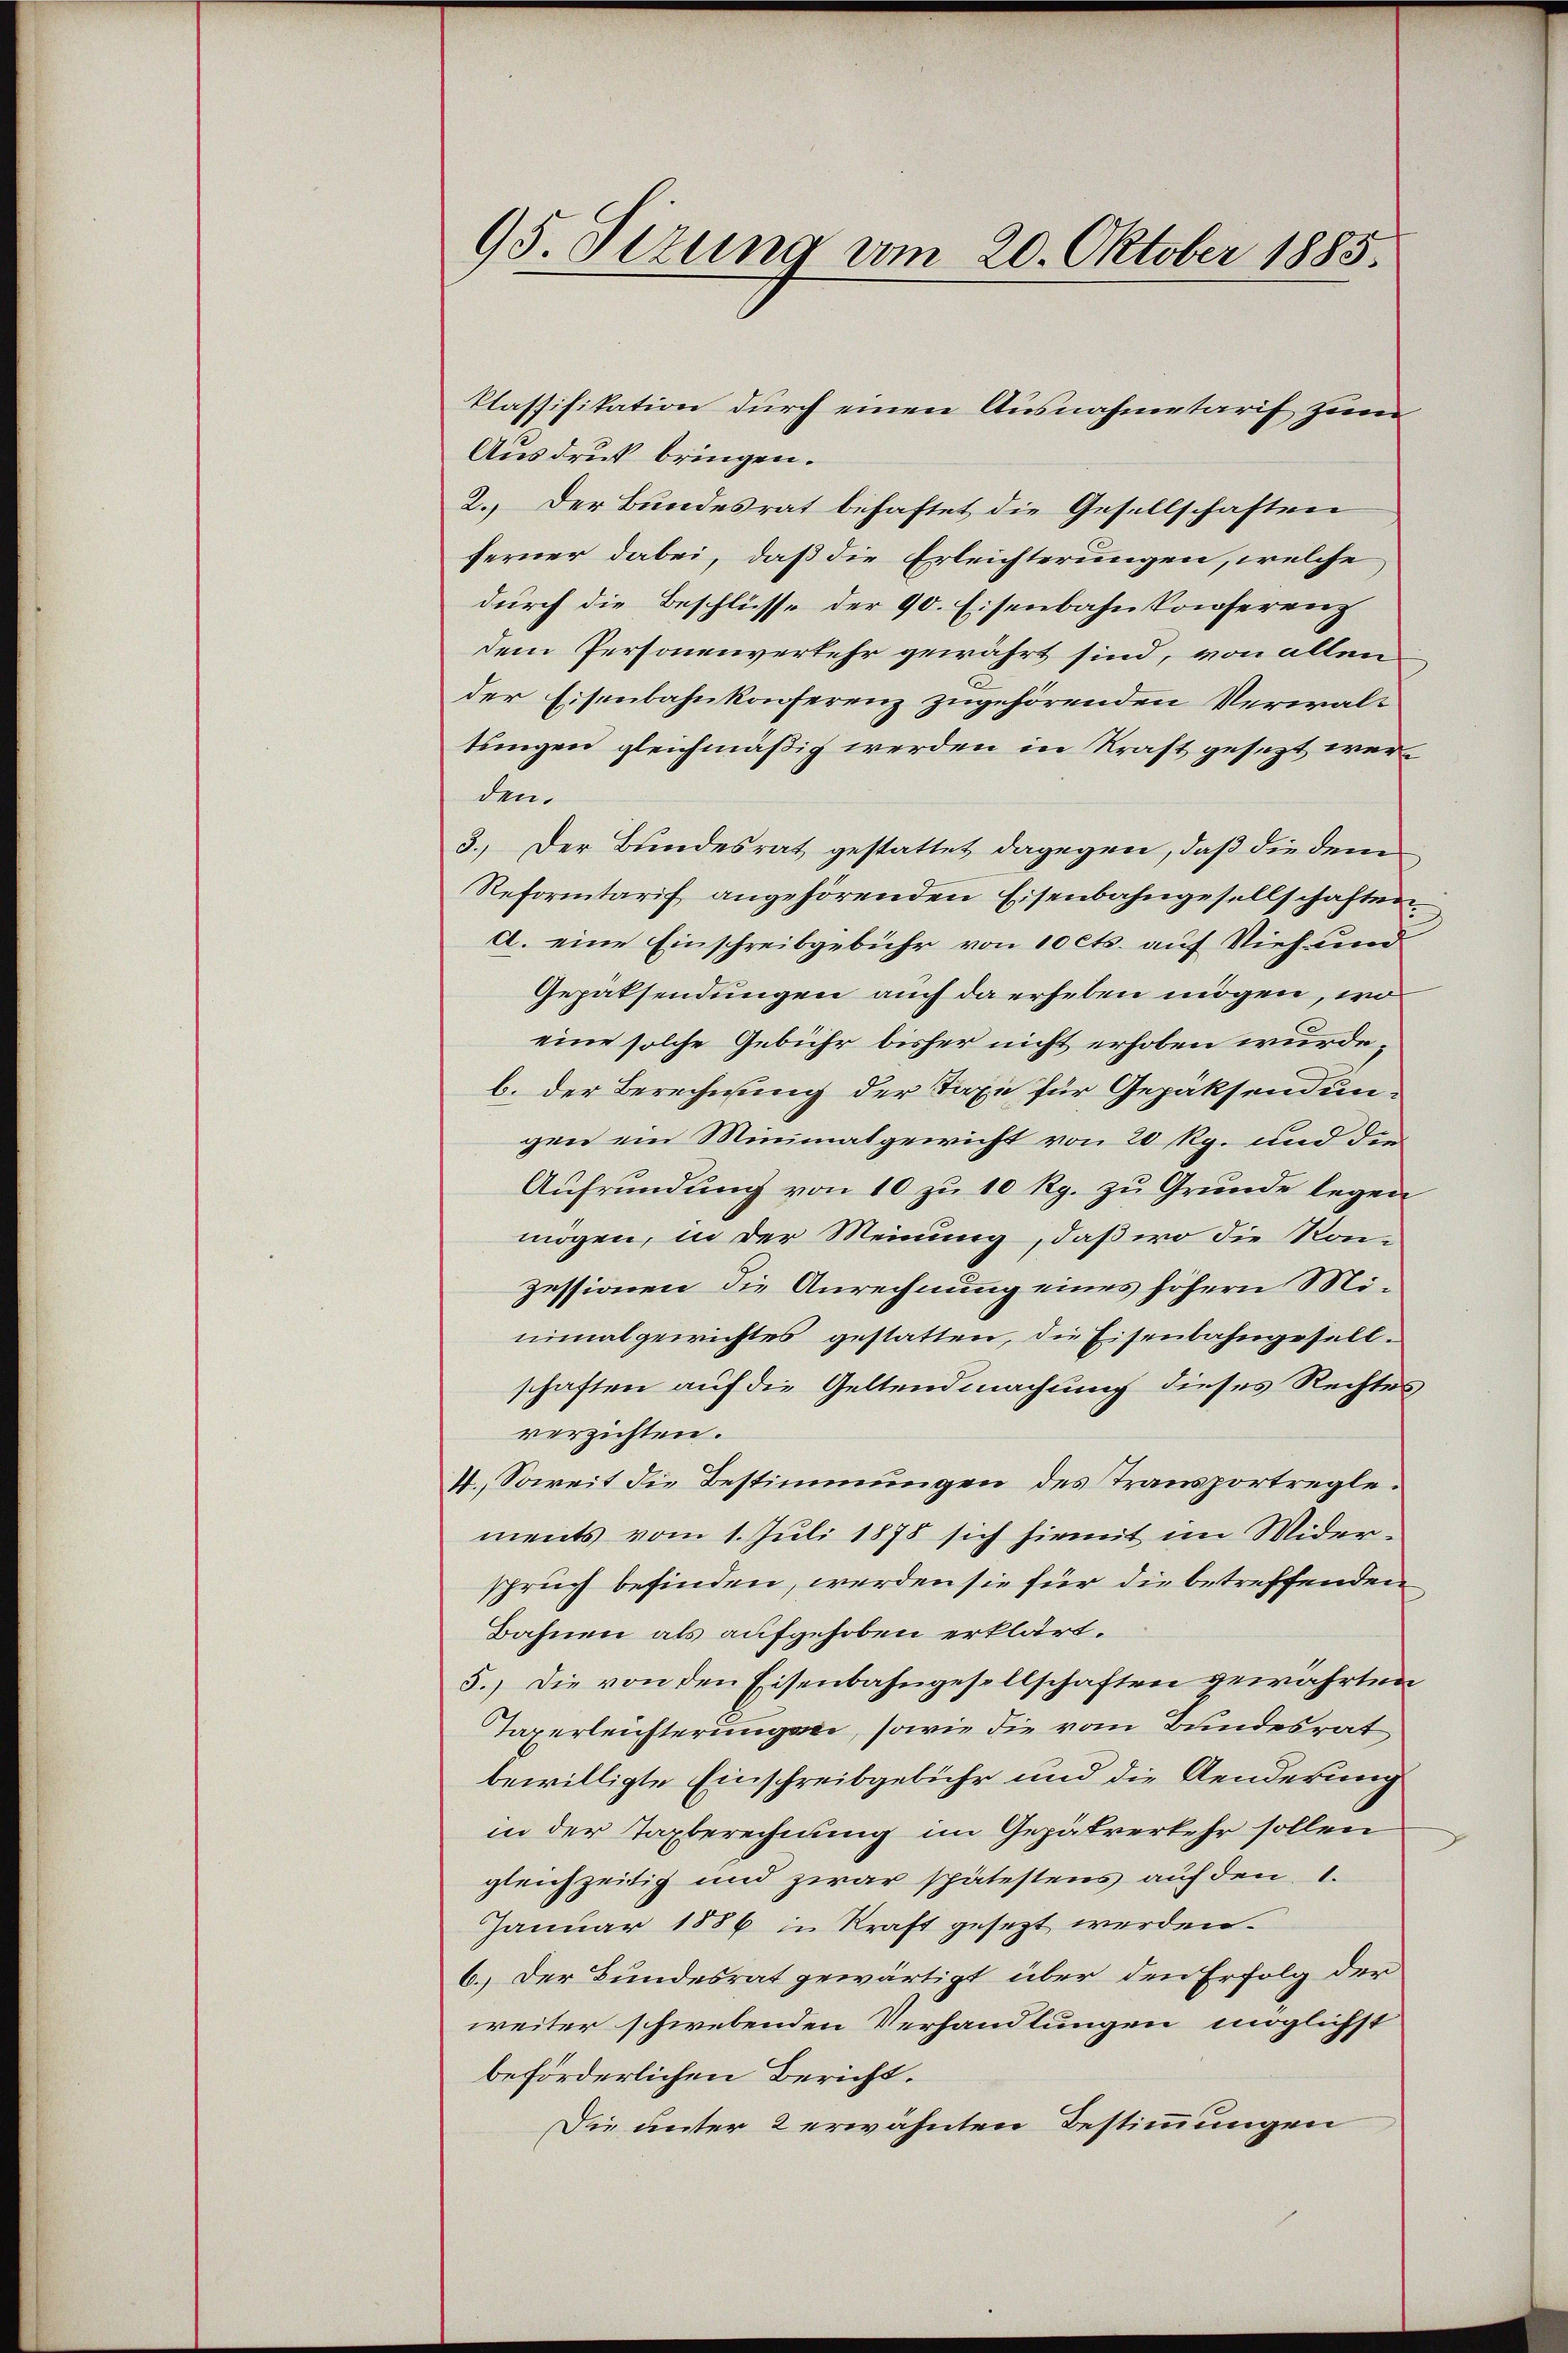
95. Sizung vom 20. Oktober 1885.

Ausdruck bringen.
2. Der Bundesrat behaftet die Gesellschaften
ferner dabei, daß die Erleichterungen, welche
durch die Beschlüsse der 90. Eisenbahnkonferenz
dem Personenverkehr gewährt sind, von allen
der Eisenbahnkonferenz zugehörenden Verwaltungen gleichmäßig werden in Kraft gesezt werden.
3.) Der Bundesrat gestattet dagegen, daß die dem
Reformtarif angehörenden Eisenbahngesellschaften.
a. eine Einschreibgebühr von 10 cts. auf Vieh und
Gepaksendungen auch da erheben mögen, wo
eine solche Gebühr bisher nicht erhoben wurde,
b. der Berechnung der Taxe für Gepaksendungen ein Minimatgewicht von 20 Rp. und die
Aŭfrŭndŭng von 10 zŭ 10 Rp. zu Grunde legen
mögen, in der Meinung, daß wo die Konzessionen die Anrechnung eines höhern Minimal gewichtes gestatten, die Eisenbahngesellschaften auf die Geltendmachung dieses Rechtes,
verzichten.
7. Soweit die Bestimmungen des Transportreglements vom 1. Juli 1878 sich hiemit im Widerspruch befinden, werden sie für die betreffenden
Bahnen als aufgehoben erklärt.
5.) Die von den Eisenbahngesellschaften gewährten
Taxerleichterungsei, sowie die vom Bundesrat
bewilligte Einschreibgebühr und die Aenderung
in der Taxberechnung im Gepätverkehr sollen
gleichzeitig und zwar spätestens auf den 1.
Januar 1886 in Kraft gesezt werden.
6.) Der Bundesrat gewärtigt über den Erfolg der
weiter schwebenden Verhandlungen möglichst
beförderlichen Bericht.
Die unter 2 erwähnten Bestimmungen

klassifikation durch einen Ausnahmetarif zum